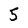
Character: 5